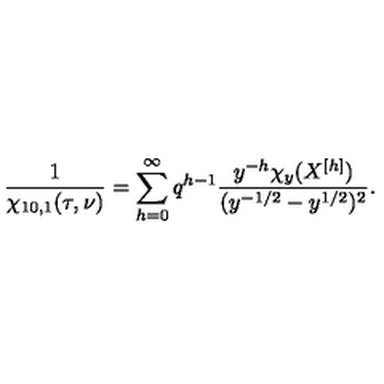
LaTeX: \frac { 1 } { \chi _ { 1 0 , 1 } ( \tau , \nu ) } = \sum _ { h = 0 } ^ { \infty } q ^ { h - 1 } \frac { y ^ { - h } \chi _ { y } ( X ^ { [ h ] } ) } { ( y ^ { - 1 / 2 } - y ^ { 1 / 2 } ) ^ { 2 } } .